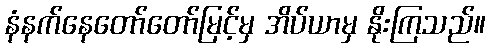
နံနက်နေတော်တော်မြင့်မှ အိပ်ယာမှ နိုးကြသည်။